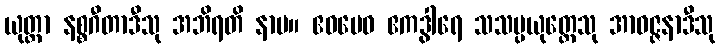
ယုတ္တာ နစ္စဂီတာဒီသု အဘိရတိ နာမ။ ဧဝမေဝ ဧကဒွါရေ သသမ္ပယုတ္တေသု အာဝဇ္ဇနာဒီသု